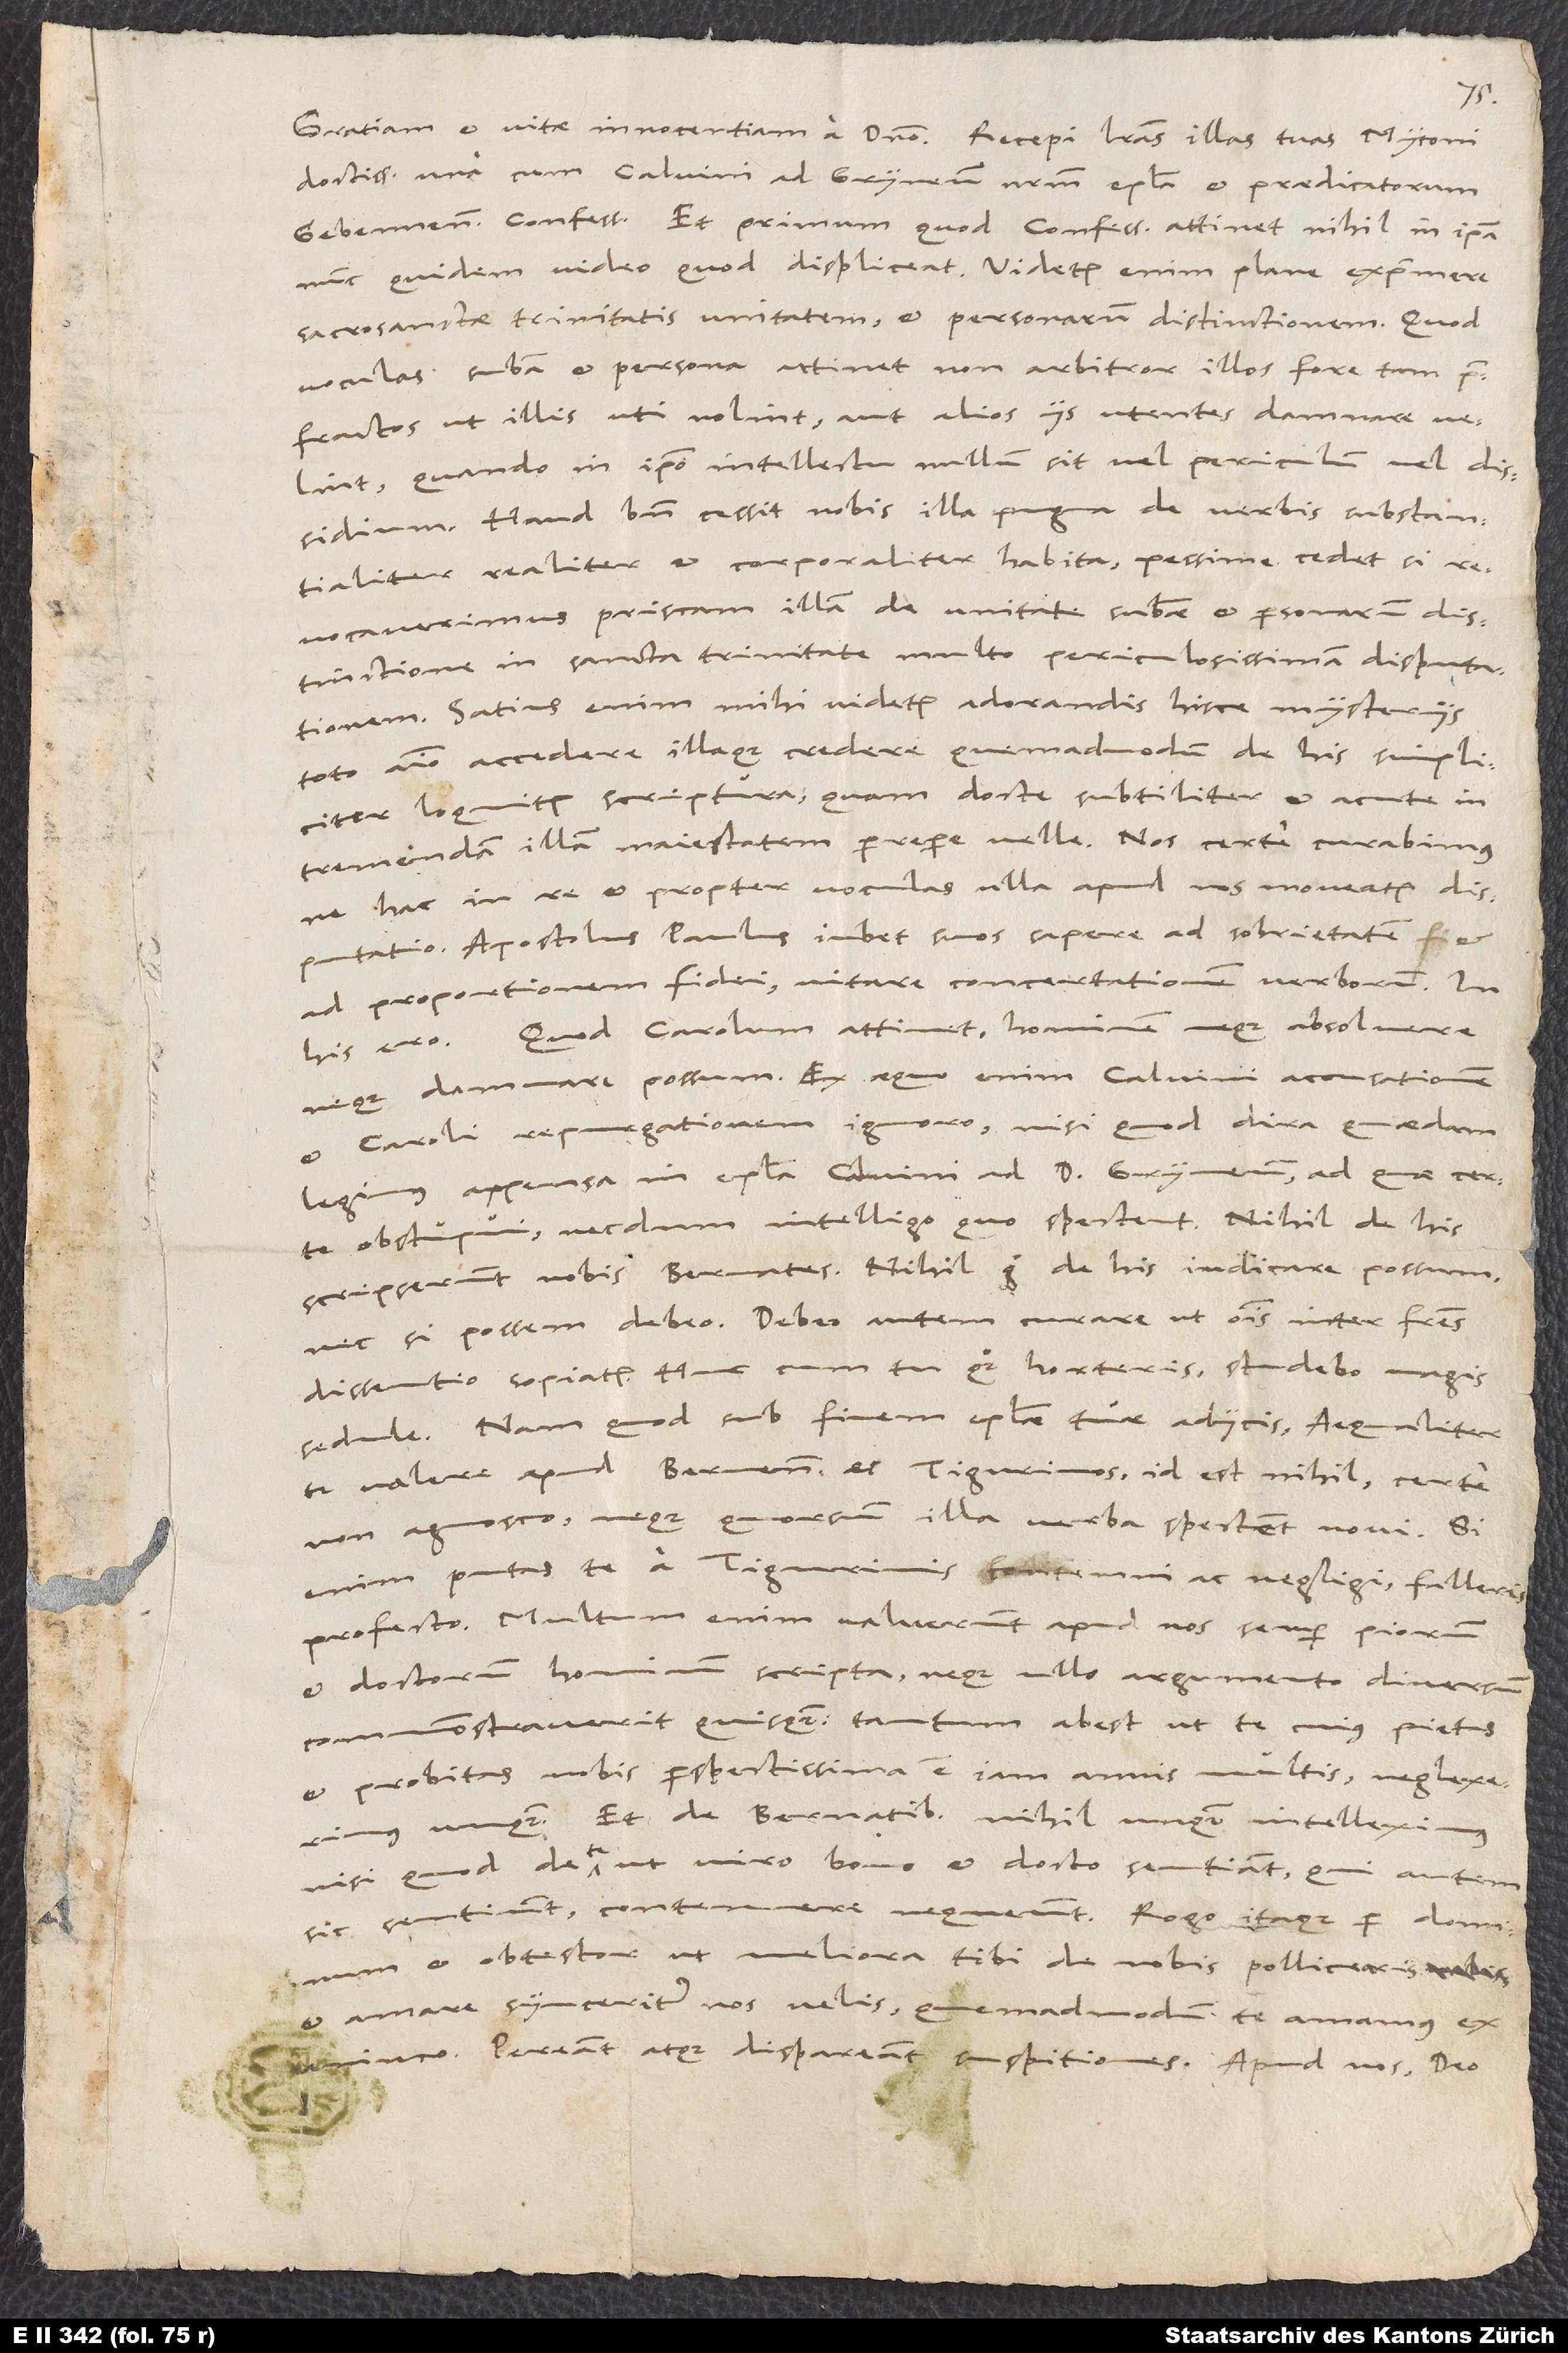
doctissime, una cum Calvini ad Gryneum nostrum epistola et praedicatorum
Gebennensium confessione. Et primum, quod confessionem attinet, nihil in ipsa
nunc quidem video, quod displiceat. Videtur enim plane exprimere
sacrosanctae trinitatis unitatem et personarum distinctionem. Quod
voculas "substantia" et "persona" attinet, non arbitror illos fore tam
praefractos, ut illis uti nolint aut alios iis utentes damnare velint,
quando in ipso intellectu nullum sit vel periculum vel dissidium.
Haud bene cessit nobis illa pugna de verbis "substantialiter,
realiter et corporaliter" habita; pessime cedet, si
revocaverimus priscam illam de unitate substantiae et personarum distinctione
in sancta trinitate multo periculosissimam disputationem.
Satius enim mihi videtur adorandis hisce mysteriis
toto animo accedere illaque credere, quemadmodum de his simpliciter
loquitur scriptura, quam docte, subtiliter et acute in
tremendam illam maiestatem perrepere velle. Nos certe curabimus,
ne hac in re et propter voculas ulla apud nos moveatur disputatio.
Apostolus Paulus iubet suos sapere ad sobrietatem et
ad proportionem fidei, vitare concertationem verborum. In
Quod Carolum attinet, hominem neque absolvere
neque damnare possum. Ex aequo enim Calvini accusationem
et Caroli repurgationem ignoro, nisi quod dira quaedam
legimus appensa in epistola Calvini ad d. Gryneum, ad quae certe
obstupui, necdum intelligo, quo spectent. Nihil de his
scripserunt nobis Bernates. Nihil ergo de his iudicare possum,
nec, si possem, debeo. Debeo autem curare, ut omnis inter fratres
dissentio sopiatur. Huc cum tu quoque horteris, studebo magis
sedule. Nam quod sub finem epistolae tuae adiicis aequaliter
te valere apud Bernenses ac Tigurinos, id est nihil, certe
non agnosco, neque, quorsum illa verba spectent, novi. Si
enim putas te a Tigurinis contemni ac negligi, falleris
profecto. Multum enim valuerunt apud nos semper piorum
et doctorum hominum scripta, neque ullo argumento diversum
commonstraverit quisquam; tantum abest, ut te, cuius pietas
et probitas nobis perspectissima est iam annis multis, neglexerimus
unquam. Et de Bernatibus nihil unquam intelleximus,
nisi quod de te ut viro bono et docto sentiant; qui autem
sic sentiunt, contemnere nequeunt. Rogo itaque per dominum
et obtestor, ut meliora tibi de nobis pollicearis
et amare synceriter nos velis, quemadmodum te amamus ex
animo. Pereant atque dispareant suspitiones. Apud nos, deo